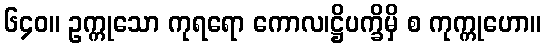
၆၄၀။ ဥက္ကုသော ကုရရော ကောလ၊ဋ္ဌိပက္ခိမှိ စ ကုက္ကုဟော။